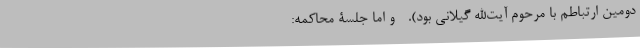
دومین ارتباطم با مرحوم آیت‌الله گیلانی بود). - و اما جلسۀ محاکمه‌: